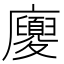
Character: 𢌉